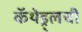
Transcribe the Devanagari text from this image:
कॅथेड्र्लची